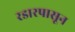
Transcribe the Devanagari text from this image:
रडारपासून